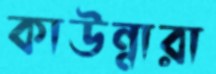
কাউন্নারা